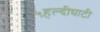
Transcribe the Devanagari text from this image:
५हल्दीघाटी